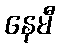
နေမီ